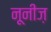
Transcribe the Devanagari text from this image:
नूनीज़